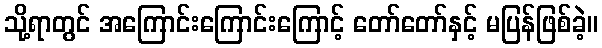
သို့ရာတွင် အကြောင်းကြောင်းကြောင့် တော်တော်နှင့် မပြန်ဖြစ်ခဲ့။